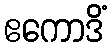
ဧကောဒိံ